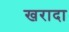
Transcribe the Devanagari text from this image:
खरादा